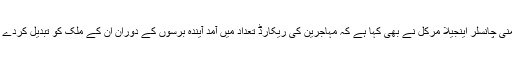
جرمنی چانسلر اینجیلا مرکل نے بھی کہا ہے کہ مہاجرین کی ریکارڈ تعداد میں آمد آیندہ برسوں کے دوران ان کے ملک کو تبدیل کردے گی۔